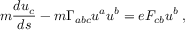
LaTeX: m { \frac { d u _ { c } } { d s } } - m \Gamma _ { a b c } u ^ { a } u ^ { b } = e F _ { c b } u ^ { b } \; ,